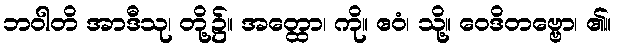
ဘဝါတိ အာဒီသု၊ တို့၌။ အတ္ထော၊ ကို။ ဧဝံ၊ သို့။ ဝေဒိတဗ္ဗော၊ ၏။